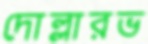
দোল্লারভ